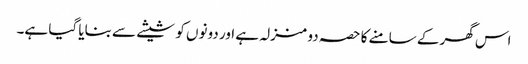
اس گھر کے سامنے کا حصہ دو منزلہ ہے اور دونوں کو شیشے سے بنایا گیا ہے۔